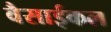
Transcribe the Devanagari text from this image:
वैसाईकल